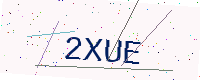
Text: 2XUE